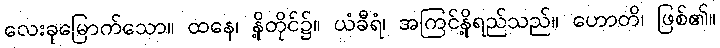
လေးခုမြောက်သော။ ထနေ၊ နို့တိုင်၌။ ယံခီရံ၊ အကြင်နို့ရည်သည်။ ဟောတိ၊ ဖြစ်၏။